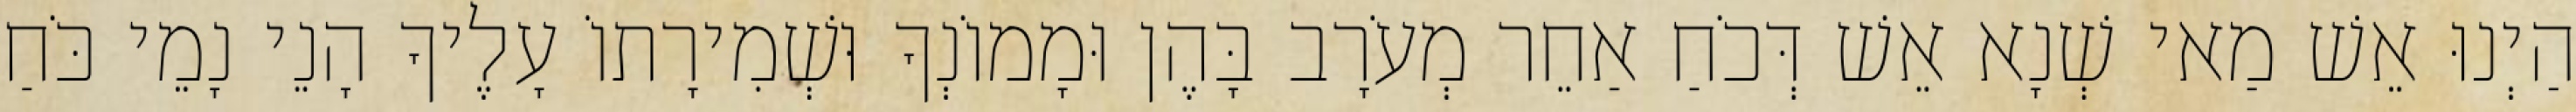
הַיְנוּ אֵשׁ מַאי שְׁנָא אֵשׁ דְּכֹחַ אַחֵר מְעֹרָב בָּהֶן וּמָמוֹנְךָ וּשְׁמִירָתוֹ עָלֶיךָ הָנֵי נָמֵי כֹּחַ